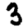
Digit: 3